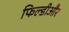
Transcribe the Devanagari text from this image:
फिल्डीऔर